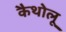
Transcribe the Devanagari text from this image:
कैथोलू